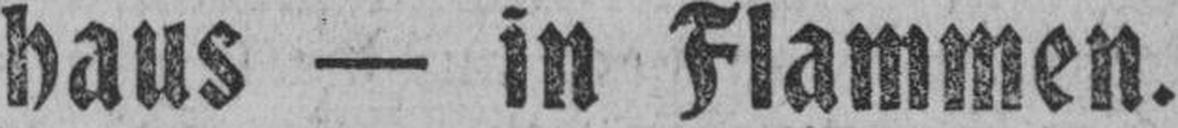
haus — in Flammen.